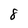
Character: 8